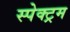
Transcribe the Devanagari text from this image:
स्पेक्‍ट्रम